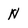
Character: N